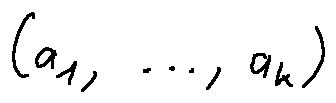
( a _ { 1 } , \ldots , a _ { k } )